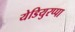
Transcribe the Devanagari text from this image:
येडियुरप्पा